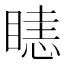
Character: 𥉖